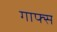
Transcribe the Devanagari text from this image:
गाफ्स